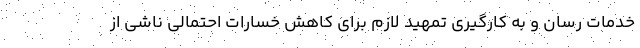
خدمات رسان و به کارگیری تمهید لازم برای کاهش خسارات احتمالی ناشی از